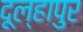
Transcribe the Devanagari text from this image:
दूल्हापुर